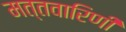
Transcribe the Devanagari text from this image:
मत्तवारिणी